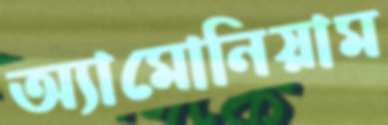
অ্যামোনিয়াম